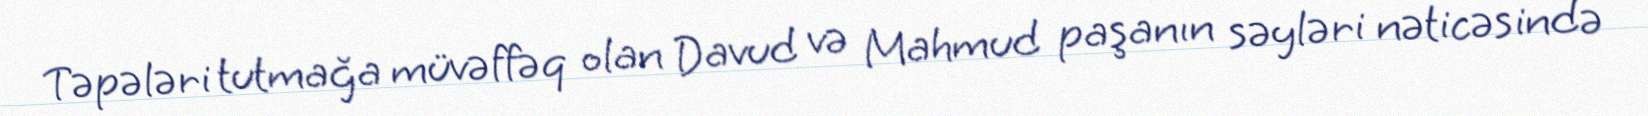
Təpələri tutmağa müvəffəq olan Davud və Mahmud paşanın səyləri nəticəsində